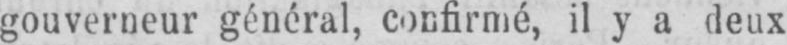
gouverneur général, confirmé, il y a deux